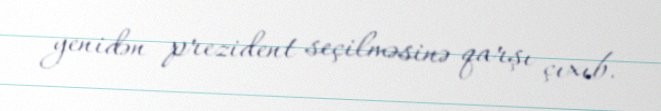
yenidən prezident seçilməsinə qarşı çıxıb.